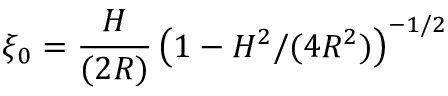
\xi _ { 0 } = \frac { H } { ( 2 R ) } \, \big ( 1 - H ^ { 2 } / ( 4 R ^ { 2 } ) \big ) ^ { - 1 / 2 }